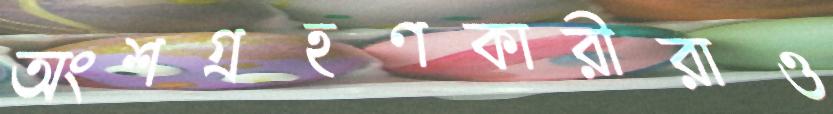
অংশগ্রহণকারীরাও